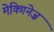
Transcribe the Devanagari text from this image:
मेक्गिनेज़